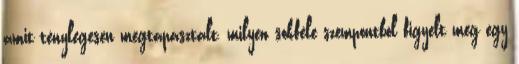
amit ténylegesen megtapasztalt, milyen sokféle szempontból figyelt meg egy